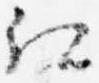
紅